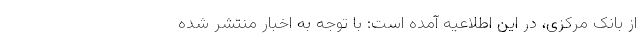
از بانک مرکزی، در این اطلاعیه آمده است: با توجه به اخبار منتشر شده